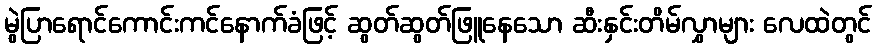
မွဲပြာရောင်ကောင်းကင်နောက်ခံဖြင့် ဆွတ်ဆွတ်ဖြူနေသော ဆီးနှင်းတိမ်လွှာများ လေထဲတွင်